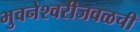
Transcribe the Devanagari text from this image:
भुवनेश्वरीजवळची